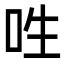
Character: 𠰮